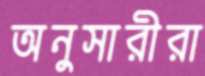
অনুসারীরা